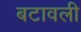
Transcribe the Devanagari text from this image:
बटावली